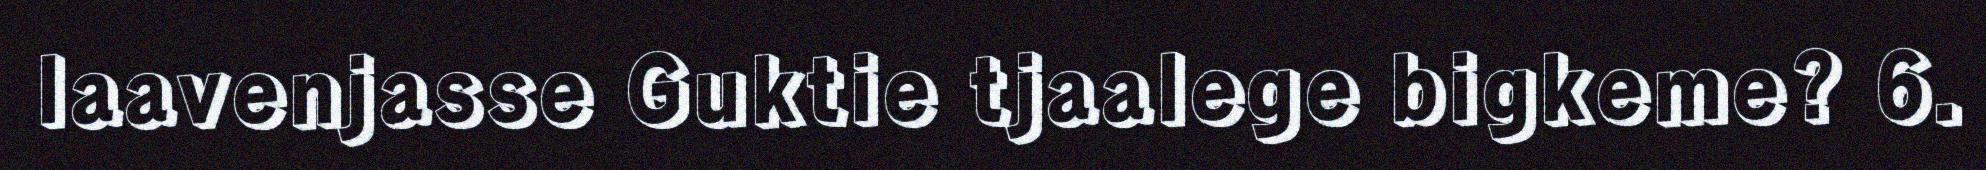
laavenjasse Guktie tjaalege bigkeme? 6.